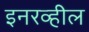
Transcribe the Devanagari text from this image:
इनरव्हील